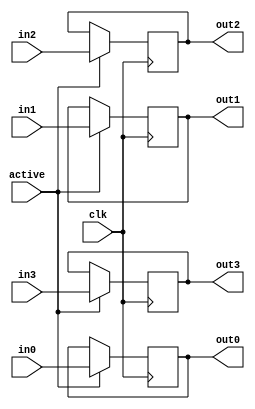
`timescale 1ns / 1ps
//////////////////////////////////////////////////////////////////////////////////
// List of Array Registers Logics used in most of other hardware blocks
//////////////////////////////////////////////////////////////////////////////////

module latch_32bit(
    input wire clk, active,
    input wire [31:0] in0, in1, in2, in3,
    output reg [31:0] out0, out1, out2, out3
    );
    always @(posedge clk) begin 
        if (active) begin
            out0 <= in0;
            out1 <= in1;
            out2 <= in2;
            out3 <= in3;
        end
    end
    
endmodule

module reg_32bit(
    input wire clk, rst,
    input wire [31:0] in0,
    output reg [31:0] out0
    );
    always@(posedge clk) begin
        if (rst) begin
            out0 <= 32'h0000_0000;
        end else begin
            out0 <= in0;
        end
    end
endmodule

module reg4_32bit(
    input wire clk,
    input wire [31:0] in0, in1, in2, in3,
    output reg [31:0] out0, out1, out2, out3
    );
    always@(posedge clk) begin
        out0 <= in0;
        out1 <= in1;
        out2 <= in2;
        out3 <= in3;
    end
endmodule

module reg_16bit(
    input wire clk, rst,
    input wire [15:0] in0,
    output reg [15:0] out0
    );
    always@(posedge clk) begin
        if (rst) begin
            out0 <= 16'h0000;
        end else begin
            out0 <= in0;
        end
    end
endmodule

module reg_12bit(
    input wire clk, rst,
    input wire [11:0] in0,
    output reg [11:0] out0
    );
    always@(posedge clk) begin
        if (rst) begin
            out0 <= 12'h000;
        end else begin
            out0 <= in0;
        end
    end
endmodule

module reg_2bit(
    input wire clk, rst,
    input wire [1:0] in0,
    output reg [1:0] out0
    );
    always@(posedge clk) begin
        if (rst) begin
            out0 <= 2'b00;
        end else begin
            out0 <= in0;
        end
    end
endmodule


module couunter_10(
    input wire clk, rst,
    output reg [3:0] Q
    );
    always @(posedge clk) begin 
        if (rst) begin
            Q <= 4'b0;
        end else begin
            if (Q == 4'd9) begin
                Q <= Q;
            end else begin 
                Q <= Q + 1'b1;
            end
        end
    end
 endmodule